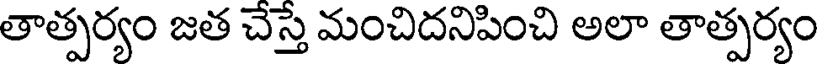
తాత్పర్యం జత చేస్తే మంచిదనిపించి అలా తాత్పర్యం